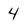
Character: 4